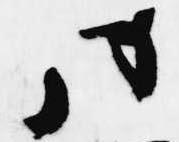
同